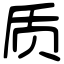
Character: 质